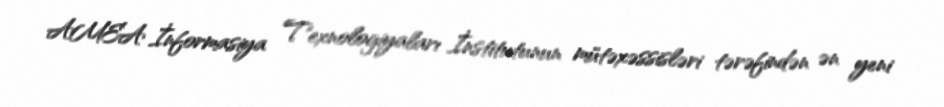
AMEA İnformasiya Texnologiyaları İnstitutunun mütəxəssisləri tərəfindən ən yeni